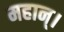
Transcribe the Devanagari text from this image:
महान्‌।